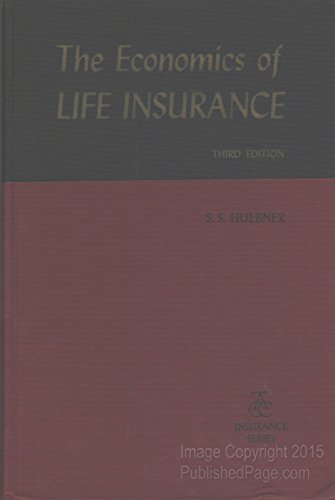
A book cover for The Economics of Life Insurance (Human Life Values: Their Financial Organization, Management, and Liquidation) (ACC insurance series); S. S Huebner; Business & Money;